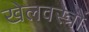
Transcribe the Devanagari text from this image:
खेलवस्त्रों